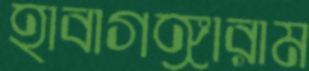
হাবাগঙ্গারাম